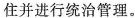
，受封者前往领地居住并进行统治智理